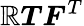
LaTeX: {\boldsymbol{\mathbb{R}}}{\boldsymbol{T}}{\boldsymbol{F}}^{T}